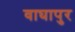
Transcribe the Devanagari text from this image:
वाघापुर